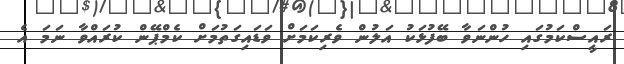
ރައީސްކަމުގައި ހުންނަވާ ބޭފުޅަކު އަލުން ވެރިކަމަށް ވަޑައިގަތުމަށް ކެމްޕޭން ކުރައްވާ ނަމަ އެ